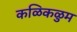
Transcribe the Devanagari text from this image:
कळिकळुम